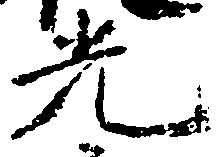
光